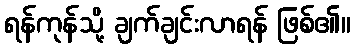
ရန်ကုန်သို့ ချက်ချင်းလာရန် ဖြစ်၏။